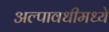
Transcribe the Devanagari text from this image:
अल्पावधीमध्ये